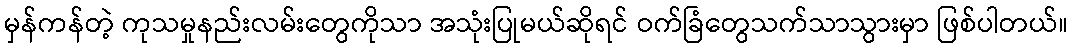
မှန်ကန်တဲ့ ကုသမှုနည်းလမ်းတွေကိုသာ အသုံးပြုမယ်ဆိုရင် ဝက်ခြံတွေသက်သာသွားမှာ ဖြစ်ပါတယ်။